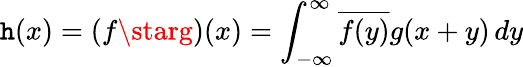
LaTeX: \mathtt{h}(x)=(f\starg)(x)=\int_{-\infty}^{\infty}{\overline{{{f(y)}}}}g(x+y)\, dy